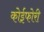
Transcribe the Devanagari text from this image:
कोईफोरी